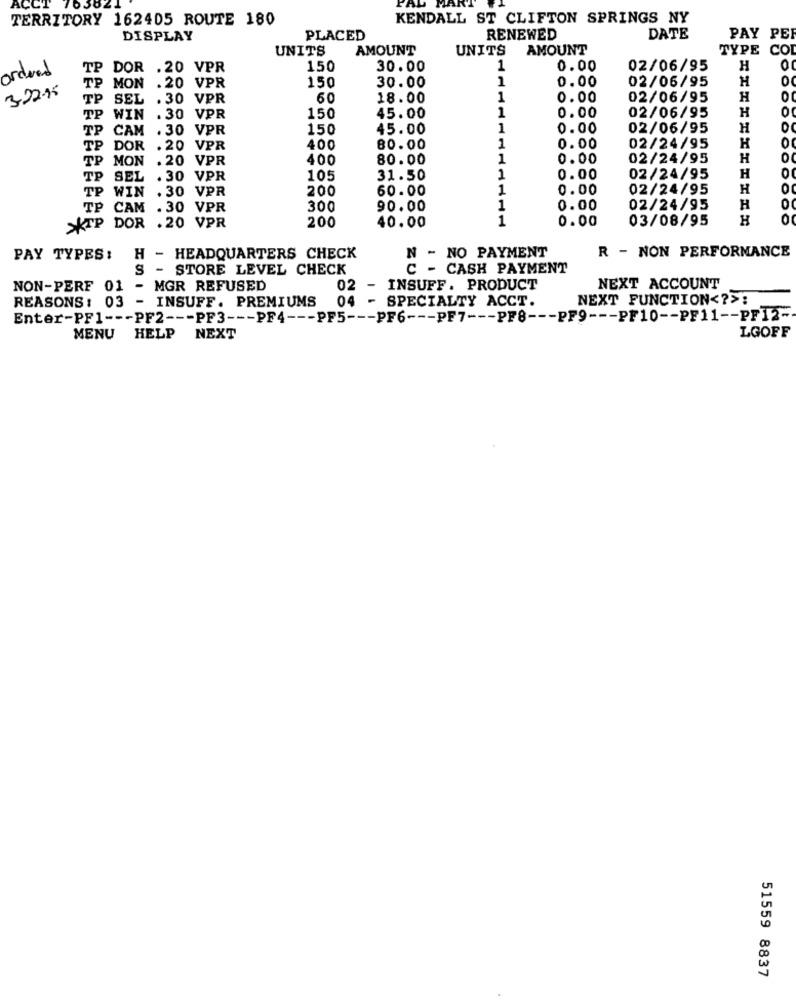
ACCT 76382.
TERRITORY 162405 ROUTE 180
KENDALL ST CLIFTON SPRINGS NY
DISPLAY
PLACED
RENEWED
DATE
PAY PER
UNITS
AMOUNT
UNITS
AMOUNT
TYPE CO
DOR .20 VPR
150
30.00
1
0.00
02/06/95
H
ordered
MON .20 VPR
150
1
0.00
02/06/95
H
0
3-22.15
TP
30.00
TP SEL . 30 VPR
60
18.00
1
0.00
02/06/95
H
1
02/06/95
H
TP WIN
. 30 VPR
150
45.00
0.00
TP
CAM . 30 VPR
150
45.00
1
0.00
02/06/95
H
H
TP
DOR . 20 VPR
400
80.00
1
0.00
02/24/95
TP MON . 20 VPR
400
80.00
1
0.00
02/24/95
H
O
TP SEL . 30 VPR
105
31.50
1
0.00
02/24/95
H
TP WIN . 30 VPR
200
60.00
1
0.00
02/24/95
H
TP CAM . 30 VPR
300
90.00
1
0.00
02/24/95
H
200
1
0.00
03/08/95
H
O
>KTP DOR .20 VPR
40.00
N - NO PAYMENT
R - NON PERFORMANCE
PAY TYPES:
H - HEADQUARTERS CHECK
S -
STORE LEVEL CHECK
C - CASH PAYMENT
NON-PERF 01
-
MGR REFUSED
02 - INSUFF. PRODUCT
NEXT ACCOUNT
04 - SPECIALTY ACCT.
NEXT FUNCTION <? >:
REASONS : 03
- INSUFF. PREMIUMS
Enter-PF1 --- PF2 --- PF3 --- PF4 --- PF5 --- PF6 --- PF7 --- PF8 --- PF9 --- PF10 -- PF11 -- PF12-
LGOFF
MENU HELP NEXT
51559 8837